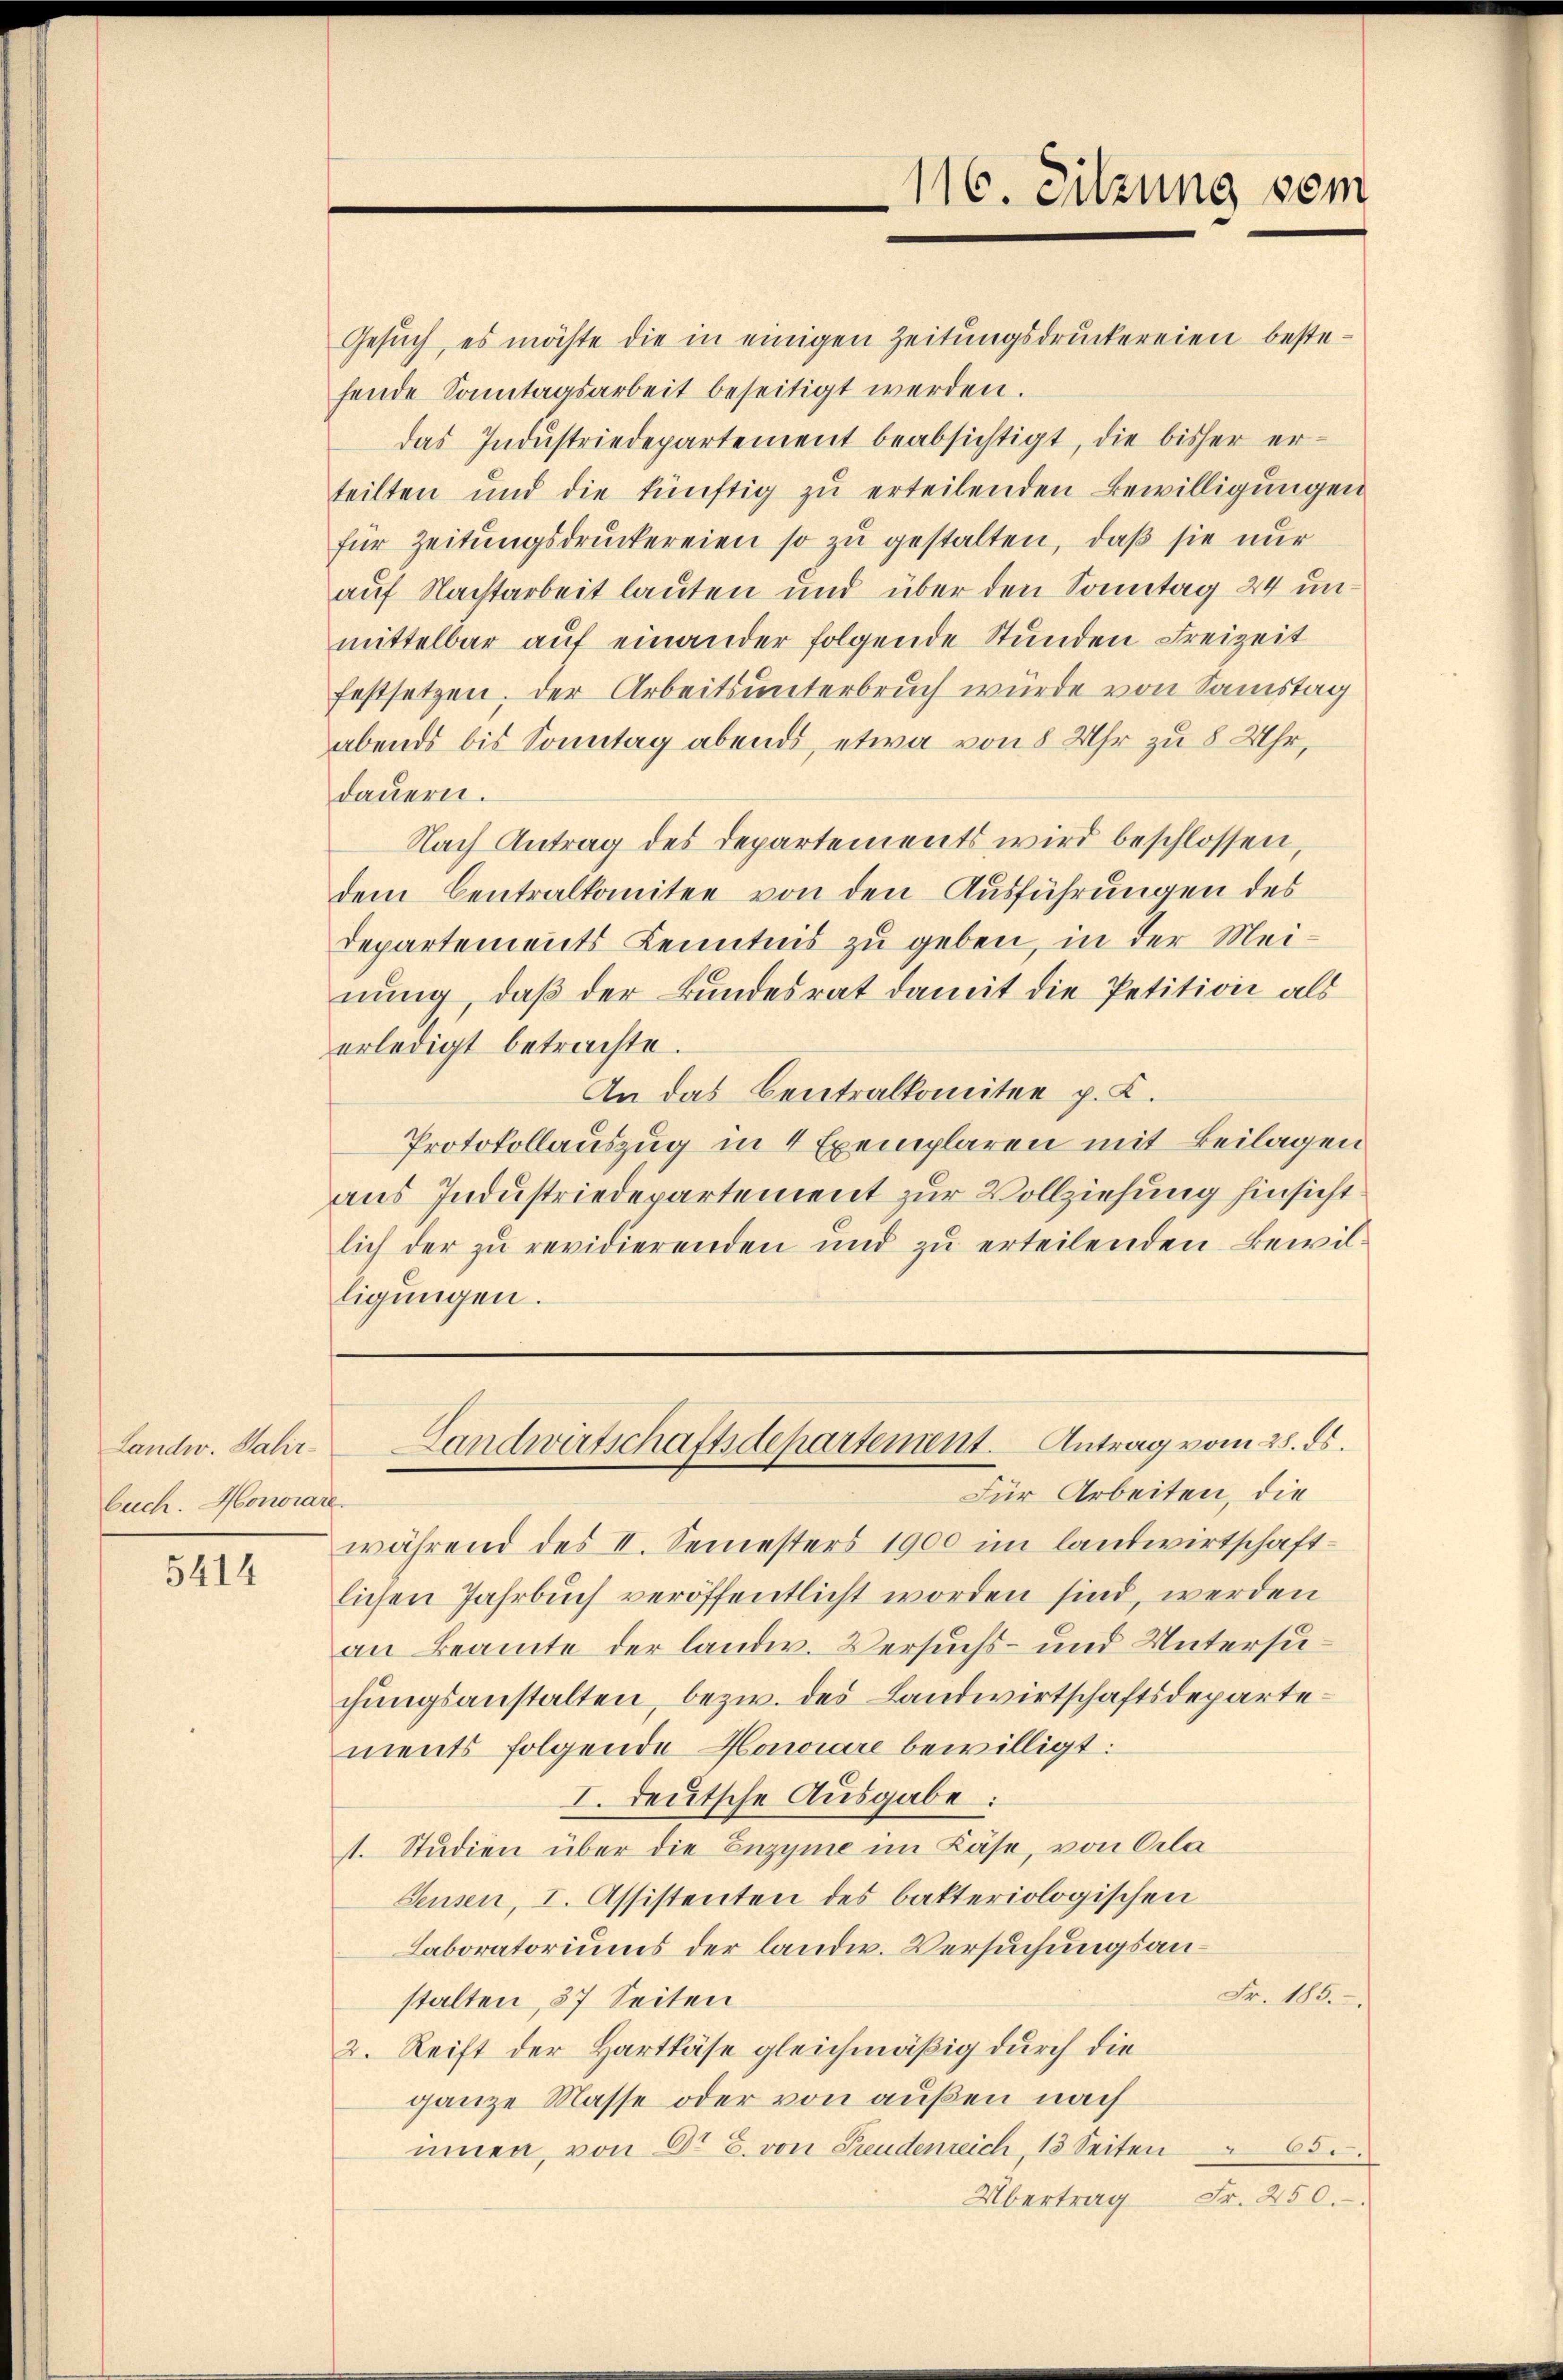
Landw. Valirbuch. Monorare.

5414

Gesuch, es möchte die in einigen Zeitungsdruckereien bestehende Sonntagsarbeit beseitigt werden.
das Indŭstriedepartement beabsichtigt, die bisher er-
teilten und die künftig zŭ erteilenden Bewilligŭngen
für Zeitungsdruckereien so zu gestalten, daß sie nur
auf Nachtarbeit lauten und über den Sonntag 24 unmittelbar auf einander folgende Stunden Freizeit
festsetzen, der Arbeitsunterbruch würde von Samstag
abends bis Sonntag abends, etwa von 8 Uhr zu 8 Uhr,
dauern.
Nach Antrag des Departements wird beschlossen,
dem Centralkomitee von den Ausführungen des
Departements Kenntnis zu geben, in der Meinung, daß der Bundesrat damit die Petition als
erledigt betrachte.
An das Centralkomitee p. K.
Protokollauszug in 4 Exemplaren mit Beilagen
aus Industriedepartement zur Vollziehung hinsichtlich der zŭ revidierenden und zŭ erteilenden Bewil-
ligungen.

116. Sitzung dem

Für Arbeiten, die
während des II. Semesters 1900 im landwirtschaftlichen Jahrbuch veröffentlicht worden sind, werden
an Beamte der landw. Versuchs- und Untersuchungsanstalten, bezw. des Landwirtschaftsdepartements folgende Hawiare bewilligt:
I. deutsche Ausgabe:
1. Studien über die Enzyme im Käse, von Orla
Seusen, I. Assistenten des bakteriologischen
Laboratoriums der landw. Versuchungsan¬
Fr. 185.
stalten, 37 Seiten
2. Reift der Hartkäse gleichmäßig durch die
ganze Masse oder von außen nach
unnen, von O. B. von Freudenreich, 13 Seiten § 65.
Übertrag Fr. 250.

Landwirtschaftsdepartement. Antrag vom 25. ds.